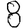
Digit: 8